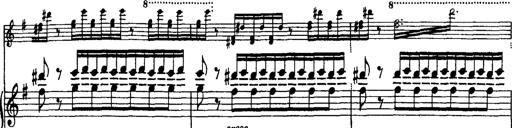
Title: BÃ¼low-Marsch
Composer: Franz Liszt